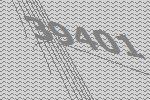
39401